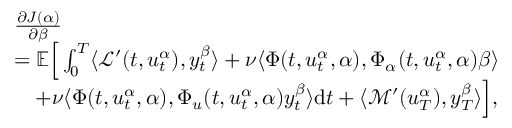
\begin{array} { r l } & { \frac { \partial J ( \alpha ) } { \partial \beta } } \\ & { = \mathbb { E } \Big [ \int _ { 0 } ^ { T } \langle \mathcal { L } ^ { \prime } ( t , u _ { t } ^ { \alpha } ) , y _ { t } ^ { \beta } \rangle + \nu \langle \Phi ( t , u _ { t } ^ { \alpha } , \alpha ) , \Phi _ { \alpha } ( t , u _ { t } ^ { \alpha } , \alpha ) \beta \rangle } \\ & { \quad + \nu \langle \Phi ( t , u _ { t } ^ { \alpha } , \alpha ) , \Phi _ { u } ( t , u _ { t } ^ { \alpha } , \alpha ) y _ { t } ^ { \beta } \rangle \mathrm { d } t + \langle \mathcal { M } ^ { \prime } ( u _ { T } ^ { \alpha } ) , y _ { T } ^ { \beta } \rangle \Big ] , } \end{array}